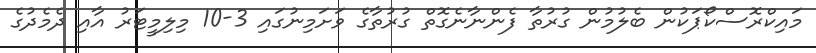
މައިކްރޮސްކޯޕަކުން ބެލުމުން ގުރުތާ ފެންނާނެގޮތް ގުރުތާގެ ވަށަމިނުގައި 3-10 މިލިމީޓަރު އާއި ދެމެދުގެ